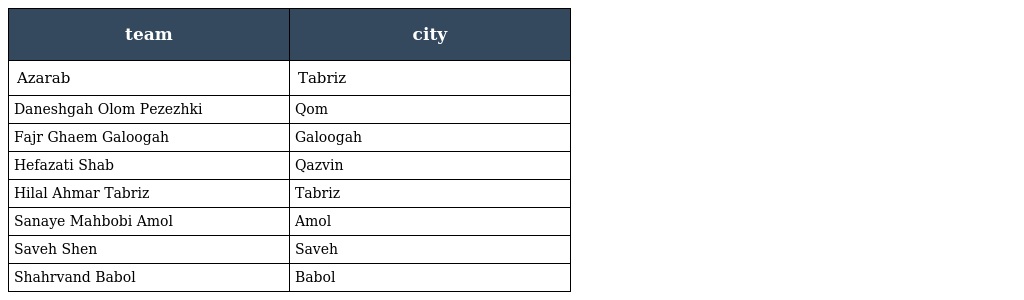
| team | city |
 | --- | --- |
 | Azarab | Tabriz |
 | Daneshgah Olom Pezezhki | Qom |
 | Fajr Ghaem Galoogah | Galoogah |
 | Hefazati Shab | Qazvin |
 | Hilal Ahmar Tabriz | Tabriz |
 | Sanaye Mahbobi Amol | Amol |
 | Saveh Shen | Saveh |
 | Shahrvand Babol | Babol |